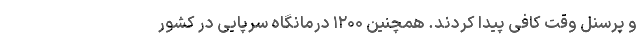
و پرسنل وقت کافی پیدا کردند. همچنین ۱۲۰۰ درمانگاه سرپایی در کشور